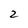
Character: 2